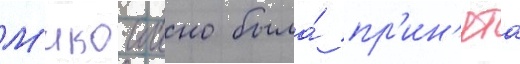
М'ико иино была́ пр'ин'ята